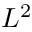
L ^ { 2 }